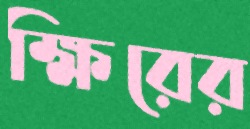
ক্ষিরের